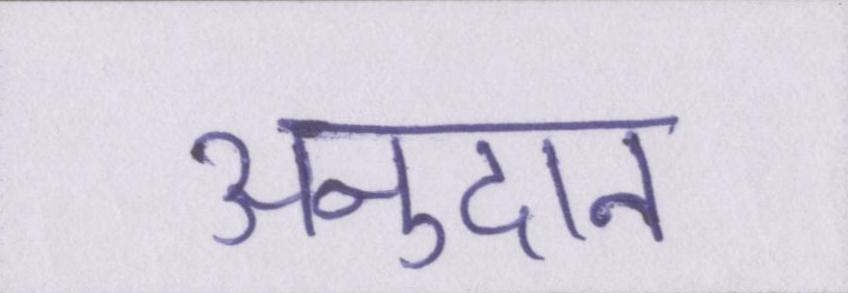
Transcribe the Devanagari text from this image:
अनुदान